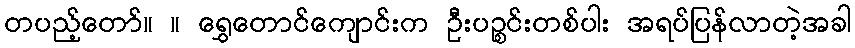
တပည့်တော်။ ။ ရွှေတောင်ကျောင်းက ဦးပဉ္စင်းတစ်ပါး အရပ်ပြန်လာတဲ့အခါ